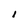
Character: 1